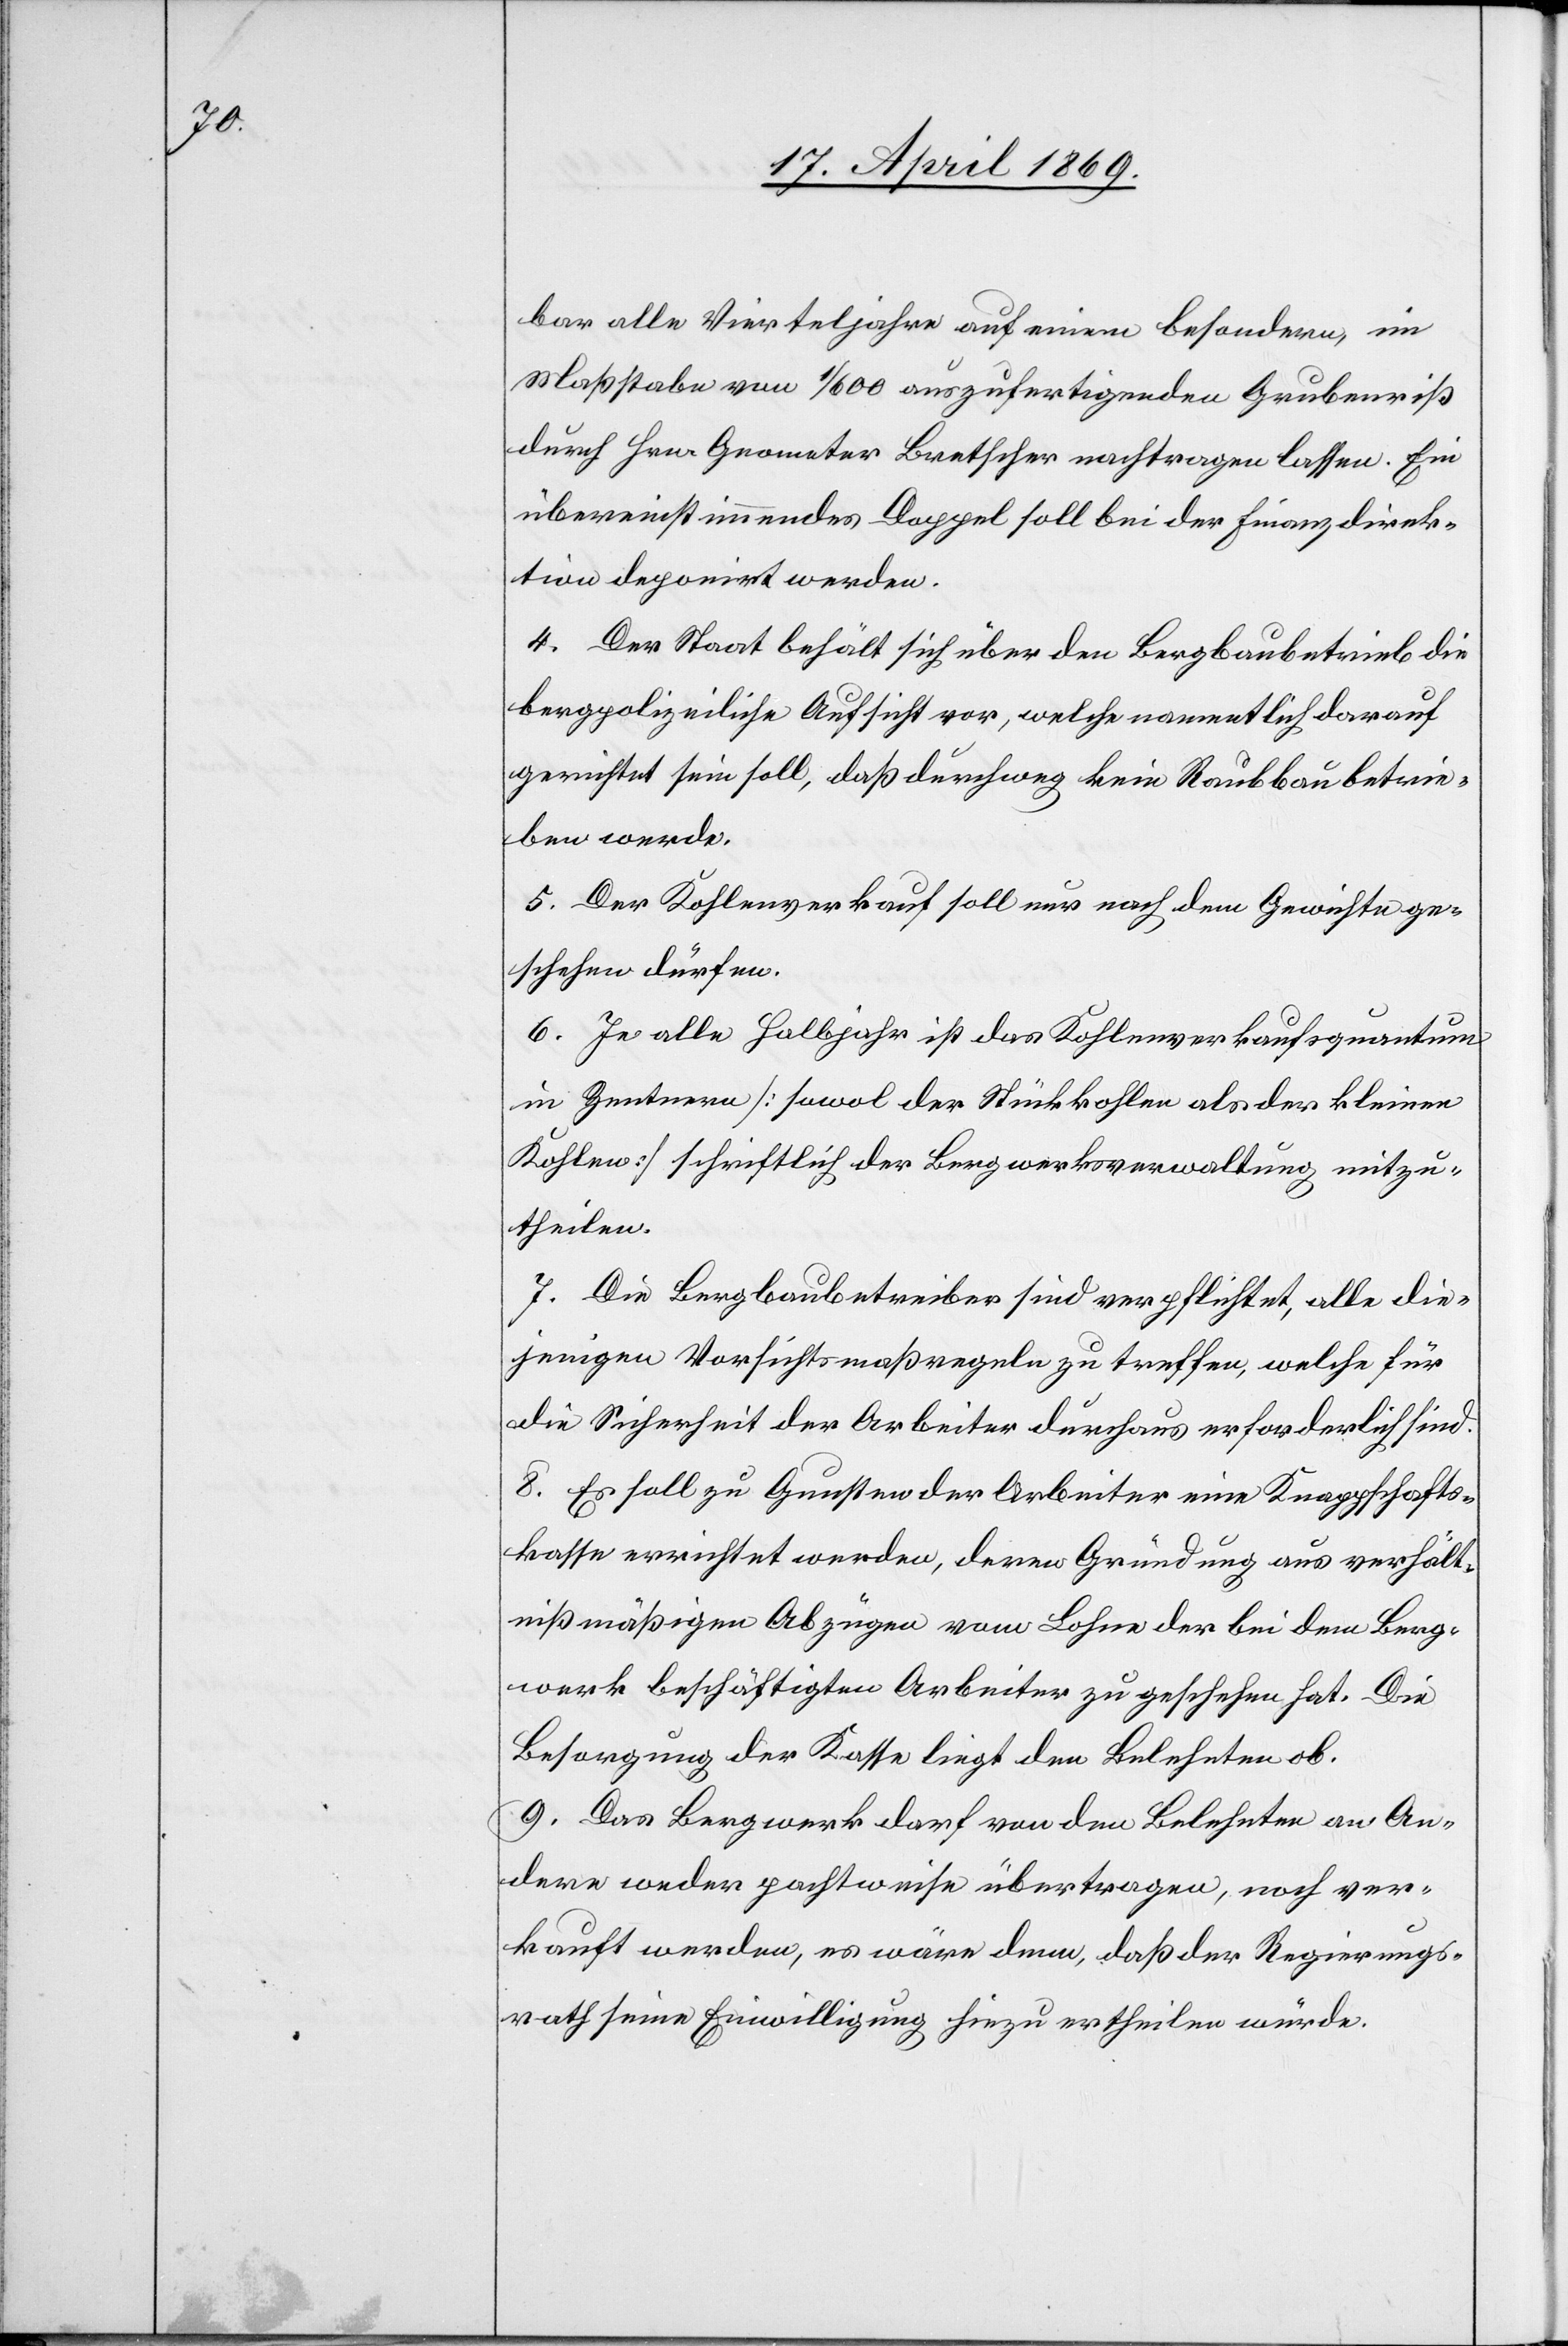
bar alle Vierteljahre auf einem besondern, im
Maßstabe von 1/600 auszufertigenden Grubenriß
durch Hrn. Grometer Bretscher nachtragen lassen. Ein
übereinstimmendes Doppel soll bei der Finanzdirek¬
tion deponirt werden.
4. Der Staat behält sich über den Bergbaubetrieb die
bergpolizeiliche Aufsicht vor, welche namentlich darauf
gerichtet sein soll, daß durchweg kein Raubbau betrie¬
ben werde.
5. Der Kohlenverkauf soll nur nach dem Gewichte ge¬
schehen dürfen.
6. Je alle Halbjahr ist das Kohlenverkaufsquantum
in Zentnern [sowol der Stückkohlen als der kleinen
Kohlen] schriftlich der Bergwerksverwaltung mitzu¬
theilen.
7. Die Bergbaubetreiber sind verpflichtet, alle die¬
jenigen Vorsichtsmaßregeln zu treffen, welche für
die Sicherheit der Arbeiter durchaus erforderlich sind.
8. Es soll zu Gunsten der Arbeiter eine Knappschafts¬
kasse errichtet werden, deren Gründung aus verhält¬
nißmäßigen Abzügen vom Lohne der bei dem Berg¬
werk beschäftigten Arbeiter zu geschehen hat. Die
Besorgung der Kasse liegt den Belehnten ob.
9. Das Bergwerk darf von den Belehnten an An¬
dere weder pachtweise übertragen, noch ver¬
kauft werden, es wäre denn, daß der Regierungs¬
rath seine Einwilligung hiezu ertheilen würde.